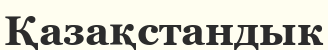
Қазақстандык